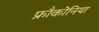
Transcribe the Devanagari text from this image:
फ्रॉंकोनिया